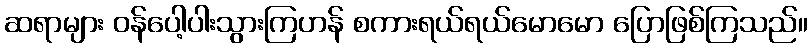
ဆရာများ ဝန်ပေါ့ပါးသွားကြဟန် စကားရယ်ရယ်မောမော ပြောဖြစ်ကြသည်။